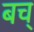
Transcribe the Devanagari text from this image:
बच्